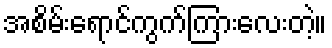
အစိမ်းရောင်ကွက်ကြားလေးတဲ့။